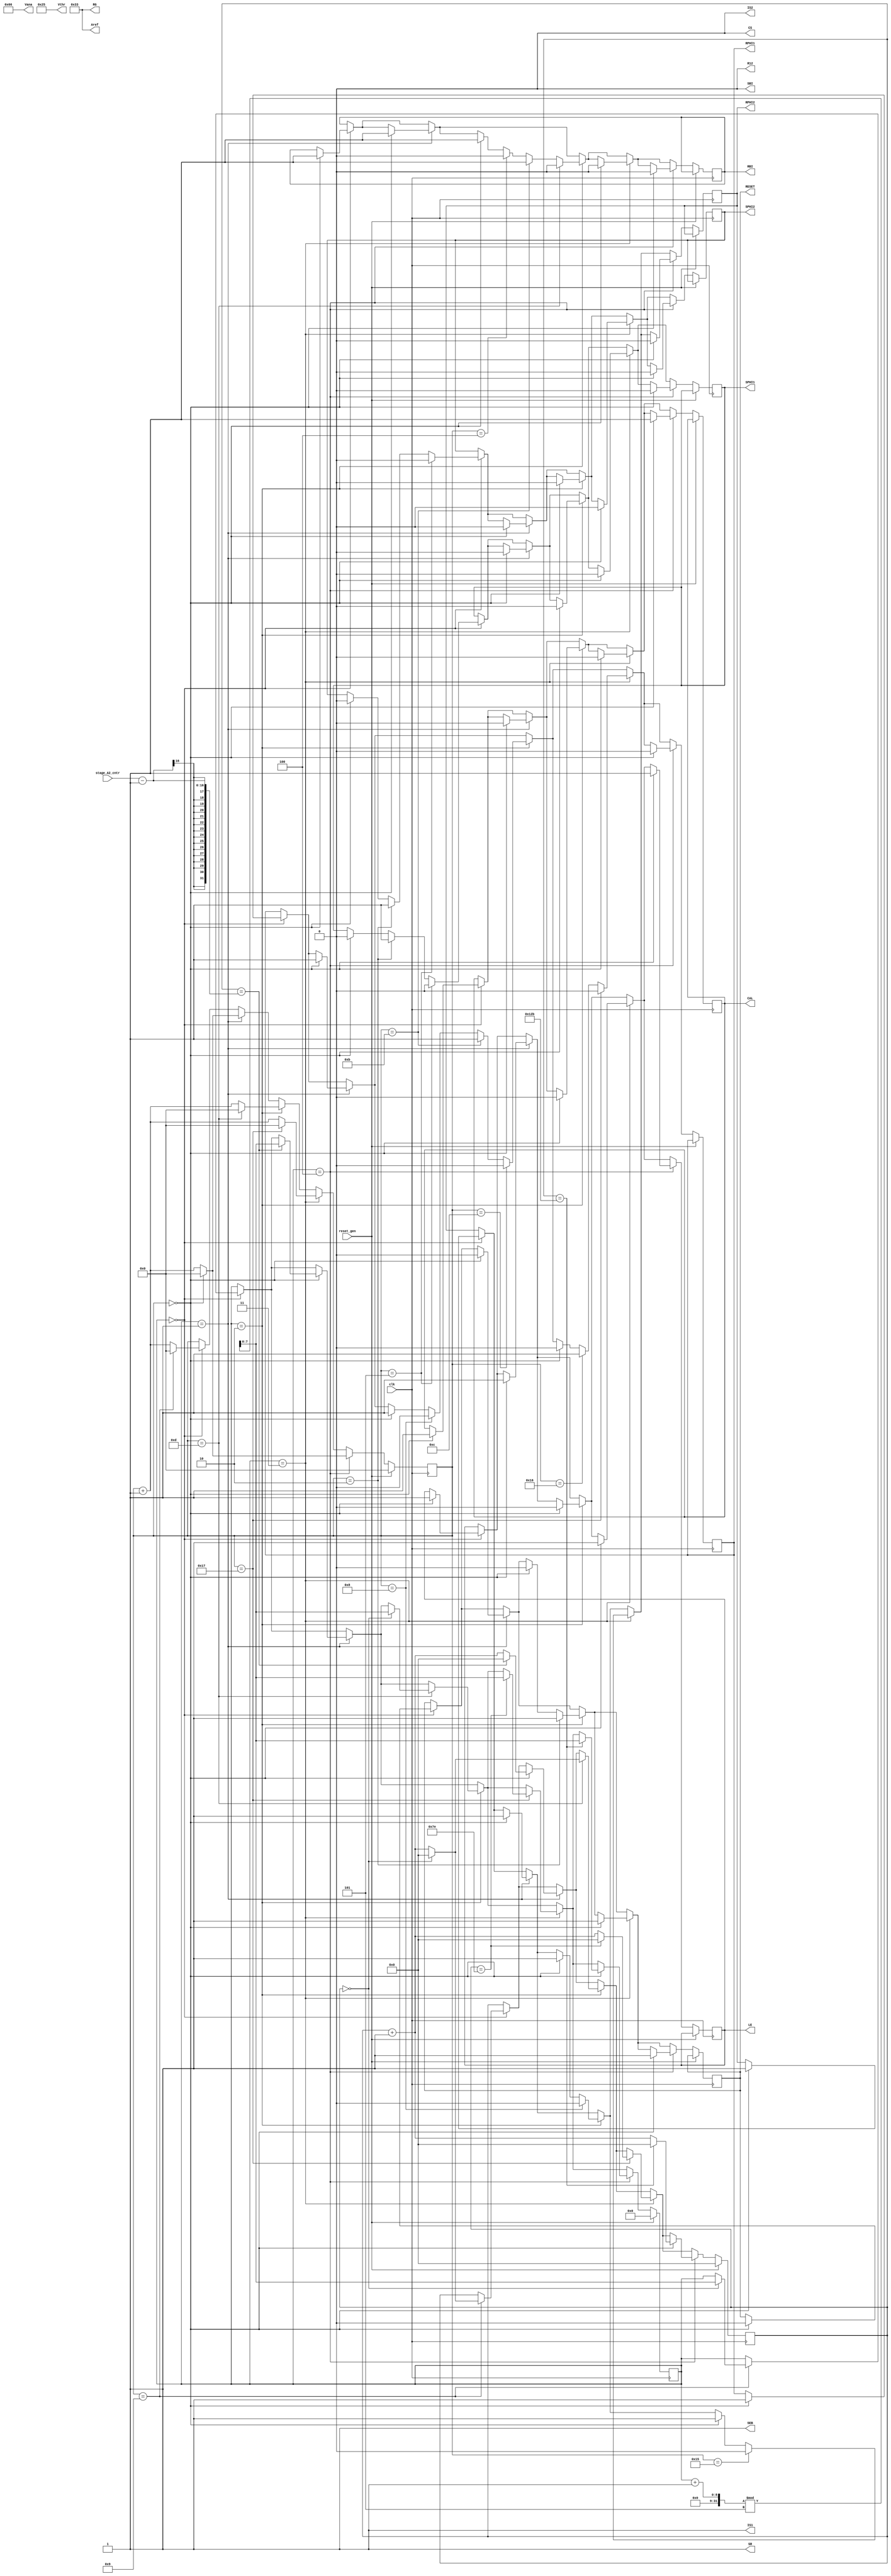
module step_curve_short
(
  input clk,
  input [15:0]stage_A2_cntr,
  output reg CAL,
  output CS,
  output IS1,
  output IS2,
  output reg LE,
  output R12,
  output reg RBI,
  output reg RESET,
  output reg RPHI1,
  output reg RPHI2,
  output SBI,
  output SEB,
  output reg SPHI1,
  output reg SPHI2,
  output SR,
  output [15:0]Aref,
  output [15:0]RG,
  output [15:0]Vana,
  output [15:0]Vthr,
  input reset_gen
);

reg [31:0]counter;
reg [7:0]stage;
reg [15:0]stage_iter;
assign CS=0;
assign SBI=0;
assign SEB=1;
assign R12=0;
assign IS1=1;
assign IS2=0;
assign SR=1;
assign Vthr=16'H0025;
assign Aref=16'H0033;
assign Vana=16'H0066;
assign RG=16'H0033;
always @(posedge clk) begin
  if(reset_gen == 1) begin
    counter <= 0;
    stage <= 0;
    stage_iter <= 0;
  end
  else begin
    if(stage == 0) begin
      if(counter == 0) begin
        CAL <= 1;
        SPHI1 <= 0;
        SPHI2 <= 0;
        RESET <= 0;
        RBI <= 1;
        RPHI1 <= 1;
        RPHI2 <= 1;
        LE <= 1;
      end
      if(counter == 2) begin
        SPHI1 <= 1;
        SPHI2 <= 1;
      end
      if(counter == 5) begin
        SPHI1 <= 0;
        SPHI2 <= 0;
      end
      if(counter == 9) begin
        if(stage_iter == 0) begin
          stage <= (stage + 1) % 5;
          stage_iter <= 0;
        end
        else begin
          stage_iter <= stage_iter + 1;
        end
        counter <= 0;
      end
      else begin
        counter <= counter + 1;
      end
    end
    if(stage == 1) begin
      if(counter == 0) begin
        CAL <= 0;
        SPHI1 <= 0;
        SPHI2 <= 0;
        RESET <= 0;
        RBI <= 1;
        RPHI1 <= 1;
        RPHI2 <= 1;
        LE <= 1;
      end
      if(counter == 0) begin
        if(stage_iter == stage_A2_cntr-1) begin
          stage <= (stage + 1) % 5;
          stage_iter <= 0;
        end
        else begin
          stage_iter <= stage_iter + 1;
        end
        counter <= 0;
      end
      else begin
        counter <= counter + 1;
      end
    end
    if(stage == 2) begin
      if(counter == 0) begin
        CAL <= 0;
        SPHI1 <= 0;
        SPHI2 <= 0;
        RESET <= 0;
        RBI <= 1;
        RPHI1 <= 1;
        RPHI2 <= 1;
        LE <= 0;
      end
      if(counter == 2) begin
        RESET <= 1;
      end
      if(counter == 4) begin
        RBI <= 0;
      end
      if(counter == 8) begin
        RPHI1 <= 0;
        RPHI2 <= 0;
      end
      if(counter == 11) begin
        RBI <= 1;
        RPHI1 <= 1;
      end
      if(counter == 12) begin
        RPHI1 <= 0;
      end
      if(counter == 13) begin
        RBI <= 0;
      end
      if(counter == 13) begin
        if(stage_iter == 0) begin
          stage <= (stage + 1) % 5;
          stage_iter <= 0;
        end
        else begin
          stage_iter <= stage_iter + 1;
        end
        counter <= 0;
      end
      else begin
        counter <= counter + 1;
      end
    end
    if(stage == 3) begin
      if(counter == 0) begin
        CAL <= 0;
        SPHI1 <= 0;
        SPHI2 <= 0;
        RESET <= 1;
        RBI <= 0;
        RPHI1 <= 0;
        RPHI2 <= 1;
        LE <= 1;
      end
      if(counter == 21) begin
        RPHI2 <= 0;
      end
      if(counter == 22) begin
        RPHI1 <= 1;
      end
      if(counter == 23) begin
        RPHI1 <= 0;
      end
      if(counter == 23) begin
        if(stage_iter == 126) begin
          stage <= (stage + 1) % 5;
          stage_iter <= 0;
        end
        else begin
          stage_iter <= stage_iter + 1;
        end
        counter <= 0;
      end
      else begin
        counter <= counter + 1;
      end
    end
    if(stage == 4) begin
      if(counter == 0) begin
        CAL <= 1;
        SPHI1 <= 0;
        SPHI2 <= 0;
        RESET <= 1;
        RBI <= 0;
        RPHI1 <= 0;
        RPHI2 <= 0;
        LE <= 1;
      end
      if(counter == 0) begin
        if(stage_iter == 299) begin
          stage <= (stage + 1) % 5;
          stage_iter <= 0;
        end
        else begin
          stage_iter <= stage_iter + 1;
        end
        counter <= 0;
      end
      else begin
        counter <= counter + 1;
      end
    end
  end
end
endmodule